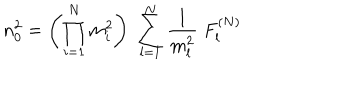
n _ { 0 } ^ { 2 } = \left( \prod _ { i = 1 } ^ { N } m _ { i } ^ { 2 } \right) \; \sum _ { l = 1 } ^ { N } \frac { 1 } { m _ { l } ^ { 2 } } \; F _ { l } ^ { ( N ) }